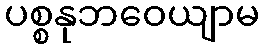
ပစ္စနုဘဝေယျာမ